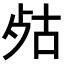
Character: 𣧮